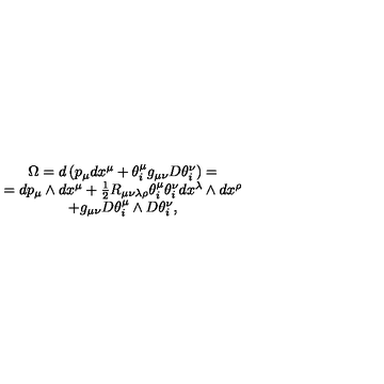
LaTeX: \begin{array} { c } { \Omega = d \left( p _ { \mu } d x ^ { \mu } + \theta _ { i } ^ { \mu } g _ { \mu \nu } D \theta _ { i } ^ { \nu } \right) = } \\ { = d p _ { \mu } \wedge d x ^ { \mu } + \frac 1 2 R _ { \mu \nu \lambda \rho } \theta _ { i } ^ { \mu } \theta _ { i } ^ { \nu } d x ^ { \lambda } \wedge d x ^ { \rho } } \\ { + g _ { \mu \nu } D \theta _ { i } ^ { \mu } \wedge D \theta _ { i } ^ { \nu } , } \\ \end{array}